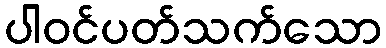
ပါဝင်ပတ်သက်သော